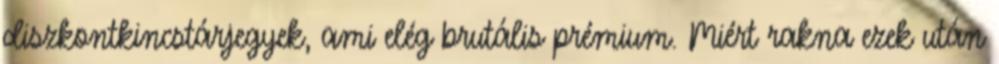
diszkontkincstárjegyek, ami elég brutális prémium. Miért rakna ezek után